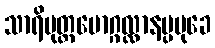
သာရိပုတ္တမောဂ္ဂလ္လာနပ္ပမုခေ